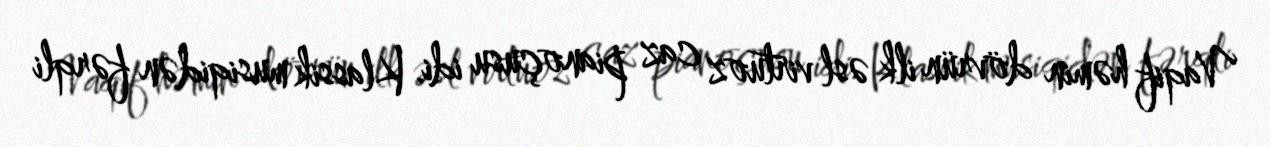
Vaqif həmin dövrün ilk əsl virtuoz caz pianoçusu idi. Klassik musiqidən fərqli